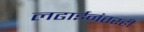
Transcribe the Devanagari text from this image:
लढाईनंतरही